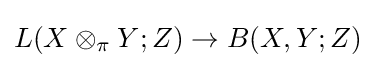
L(X\otimes _{\pi }Y;Z)\to B(X,Y;Z)